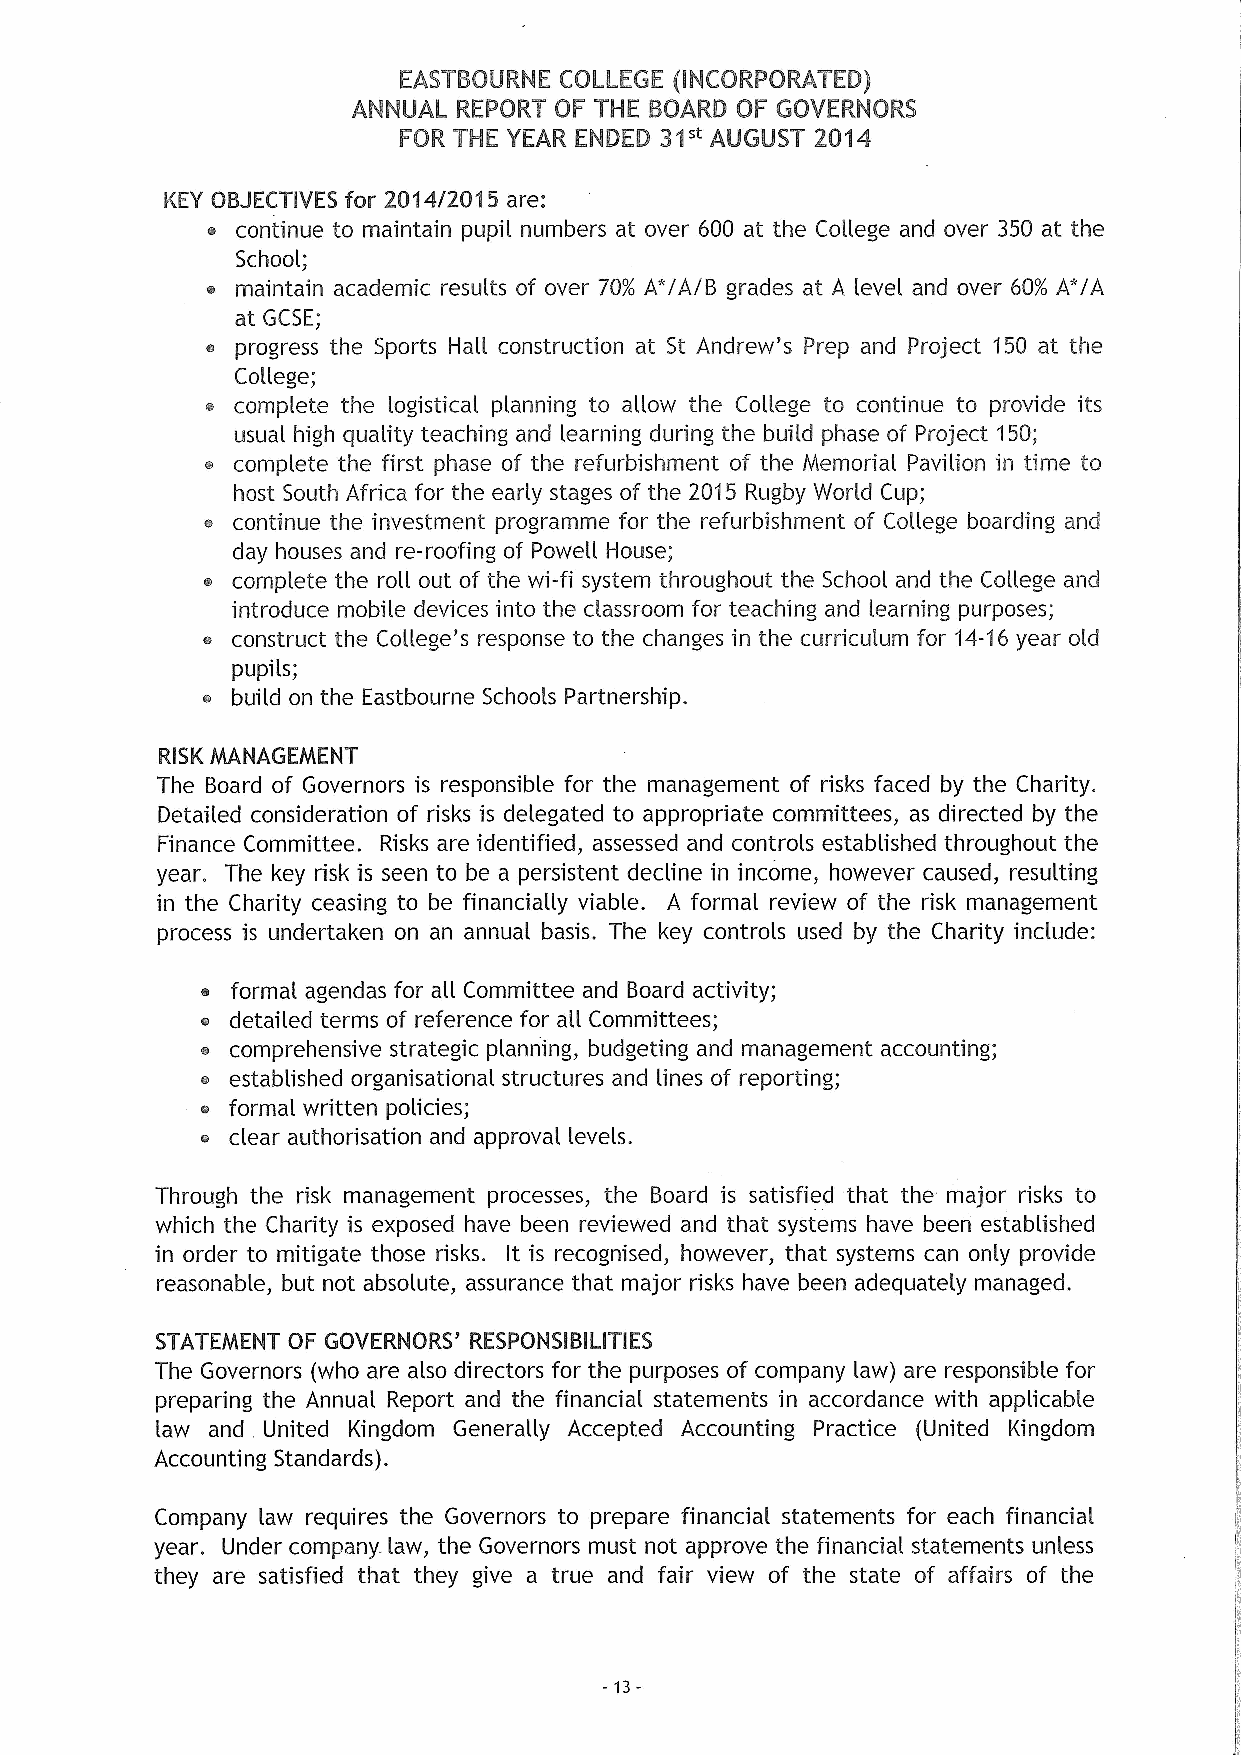
EASTBGURNE CGLLEGE (INCGRPGRATED)
 ANNUAL REPGRT GF THE BGARD GF GGVERNGRS
 FGR THE YEAR ENDED 3& ~ AUGUST 2O&W
 KEY OBJECTIVES for 2014/2015 are:
 continue to maintain pupil numbers at over 600 at the College and over 350 at the
 School;
 e maintain academic results of over 70% A'/A/B grades at A level and over 60% A*/A
 at GCSE;
 e progress the Sports Hall construction at St Andrew's Prep and Project 150 at the
 College;
 complete the logistical planning to allow the College to continue to provide its
 usual high quahty teaching and learning during the build phase of Project 150;
 complete the first phase of the refurbishment of the Memorial Pavilion in time to
 host South Africa for the early stages of the 2015 Rugby World Cup;
 6 continue the investment programme for the refurbishment of College boarding and
 day houses and re-roofing of Powell House;
 o complete the roll out of the wi-fi system throughout the School and the College and
 introduce mobile devices into the classroom for teaching and learning purposes;
 o construct the College's response to the changes in the curriculum for 14-16year old
 pupils;
 build on the Eastbourne Schools Partnership.
 RISKMANAGEMENT
 The Board of Governors is responsible for the management of risks faced by the Charity.
 Detailed consideration of risks is delegated to appropriate committees, as directed by the
 Finance Committee. Risks are identified, assessed and controls established throughout the
 year. The key risk is seen to be a persistent decline in income, however caused, resulting
 in the Charity ceasing to be financially viable. A formal review of the risk management
 process is undertaken on an annual basis. The key controls used by the Charity include:
 formal agendas for all Committee and Board activity;
 detailed terms of reference for all Committees;
 e comprehensive strategic planning, budgeting and management accounting;
 estabhshed organisational structures and lines of reporting;
 format written policies;
 o clear authorisation and approval levels.
 Through the risk management processes, the Board is satisfied that the major risks to
 which the Charity is exposed have been reviewed and that systems have been established
 in order to mitigate those risks. It is recognised, however, that systems can only provide
 reasonable, but not absolute, assurance that major risks have been adequately managed.
 STATEMENT OF GOVERNORS' RESPONSIBILITIES
 The Governors (who are also directors for the purposes of company law) are responsible for
 preparing the Annual Report and the financial statements in accordance with applicable
 law and United Kingdom Generally Accepted Accounting Practice (United Kingdom
 .
 Accounting Standards).
 Company law requires the Governors to prepare financial statements for each financial
 year. Under company law, the Governors must not approve the financial statements unless
 they are satisfied that they give a true and fair view of the state of affairs of the